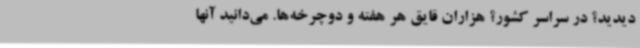
دیدید؟ در سراسر کشور؟ هزاران قایق هر هفته و دوچرخه‌ها. می‌دانید آنها